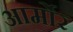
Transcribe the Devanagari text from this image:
आर्मोर